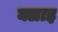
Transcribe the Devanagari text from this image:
क्लाइ